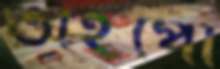
ভাইপো